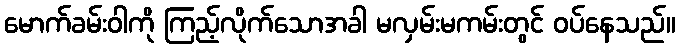
မောက်ခမ်းဝါကို ကြည့်လိုက်သောအခါ မလှမ်းမကမ်းတွင် ဝပ်နေသည်။